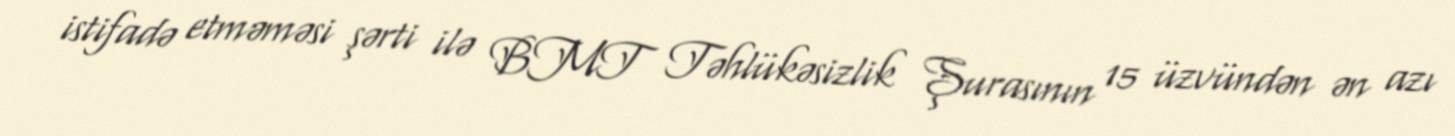
istifadə etməməsi şərti ilə BMT Təhlükəsizlik Şurasının 15 üzvündən ən azı